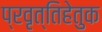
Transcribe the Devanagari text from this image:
प्रवृत्तिहेतुक